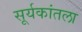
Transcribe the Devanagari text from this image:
सूर्यकांतला